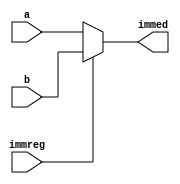
module mux3 (
    input [31:0] a,
    input [31:0] b,
    input immreg,
    output [31:0] immed
);
    assign immed = immreg ? b : a;
endmodule